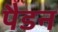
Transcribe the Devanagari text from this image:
पैडन